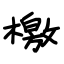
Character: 檄